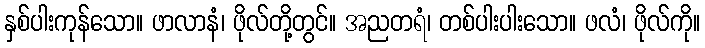
နှစ်ပါးကုန်သော။ ဖာလာနံ၊ ဖိုလ်တို့တွင်။ အညတရံ၊ တစ်ပါးပါးသော။ ဖလံ၊ ဖိုလ်ကို။